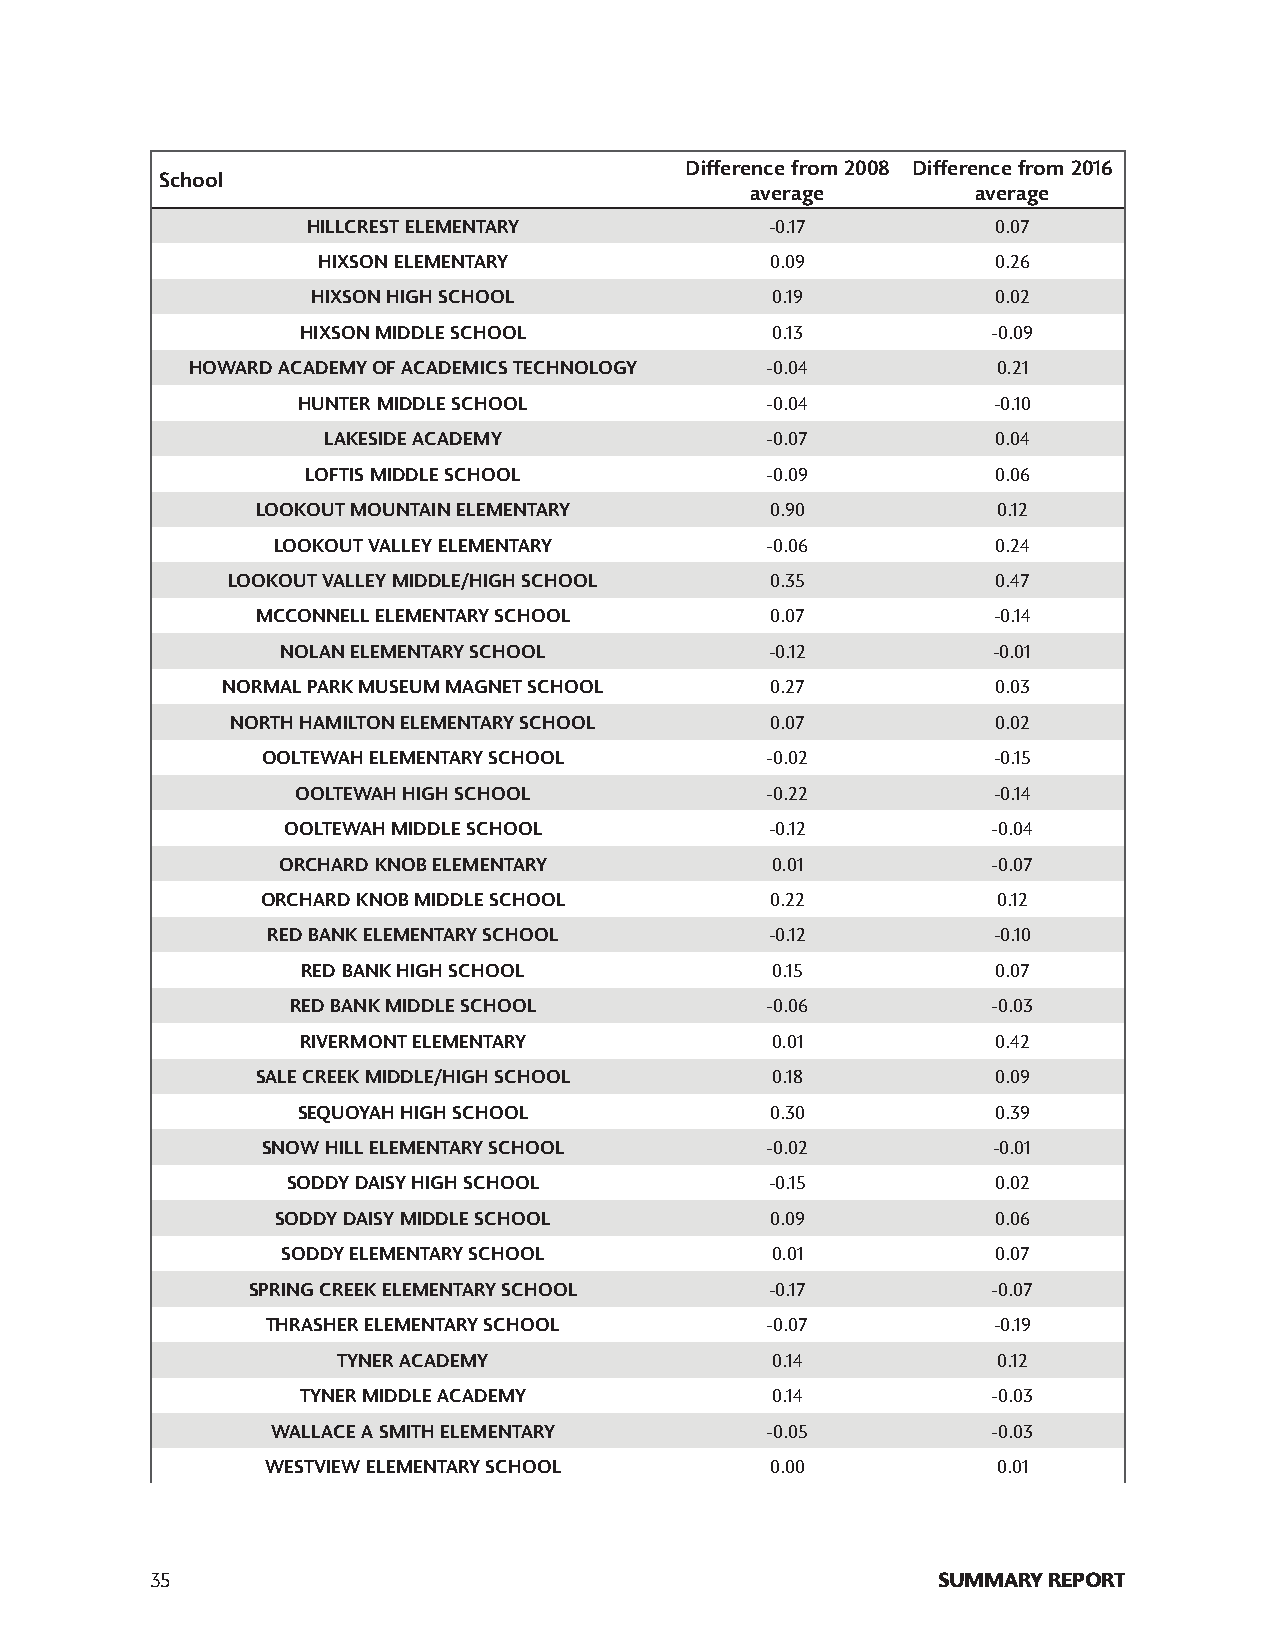
Difference from 2008 Difference from 2016
 School
 average        average
 HILLCREST ELEMENTARY           -0.17          0.07
 HIXSON ELEMENTARY             0.09           0.26
 HIXSON HIGH SCHOOL            0.19           0.02
 HIXSON MIDDLE SCHOOL           0.13           -0.09
 HOWARD ACADEMY OF ACADEMICS TECHNOLOGY -0.04         0.21
 HUNTER MIDDLE SCHOOL           -0.04          -0.10
 LAKESIDE ACADEMY              -0.07          0.04
 LOFTIS MIDDLE SCHOOL           -0.09          0.06
 LOOKOUT MOUNTAIN ELEMENTARY       0.90           0.12
 LOOKOUT VALLEY ELEMENTARY        -0.06          0.24
 LOOKOUT VALLEY MIDDLE/HIGH SCHOOL   0.35           0.47
 MCCONNELL ELEMENTARY SCHOOL       0.07           -0.14
 NOLAN ELEMENTARY SCHOOL         -0.12          -0.01
 NORMAL PARK MUSEUM MAGNET SCHOOL    0.27           0.03
 NORTH HAMILTON ELEMENTARY SCHOOL    0.07           0.02
 OOLTEWAH ELEMENTARY SCHOOL        -0.02          -0.15
 OOLTEWAH HIGH SCHOOL           -0.22          -0.14
 OOLTEWAH MIDDLE SCHOOL          -0.12          -0.04
 ORCHARD KNOB ELEMENTARY          0.01           -0.07
 ORCHARD KNOB MIDDLE SCHOOL        0.22           0.12
 RED BANK ELEMENTARY SCHOOL       -0.12          -0.10
 RED BANK HIGH SCHOOL           0.15           0.07
 RED BANK MIDDLE SCHOOL          -0.06          -0.03
 RIVERMONT ELEMENTARY           0.01           0.42
 SALE CREEK MIDDLE/HIGH SCHOOL     0.18           0.09
 SEQUOYAH HIGH SCHOOL           0.30           0.39
 SNOW HILL ELEMENTARY SCHOOL       -0.02          -0.01
 SODDY DAISY HIGH SCHOOL         -0.15          0.02
 SODDY DAISY MIDDLE SCHOOL        0.09           0.06
 SODDY ELEMENTARY SCHOOL         0.01           0.07
 SPRING CREEK ELEMENTARY SCHOOL     -0.17          -0.07
 THRASHER ELEMENTARY SCHOOL       -0.07          -0.19
 TYNER ACADEMY                0.14           0.12
 TYNER MIDDLE ACADEMY           0.14           -0.03
 WALLACE A SMITH ELEMENTARY       -0.05          -0.03
 WESTVIEW ELEMENTARY SCHOOL       0.00           0.01
 35                                                  SUMMARY REPORT